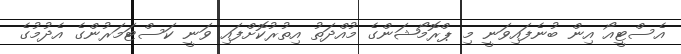
އެސްޓީއޯ އިން ބުނެފައިވަނީ މި ޕްރޮމޯޝަންގެ މުއްދަތު އިތުރުކޮށްފައި ވަނީ ކަސްޓަމަރުންގެ އެދުމުގެ